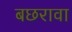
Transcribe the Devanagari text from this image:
बछरावा